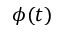
\phi ( t )